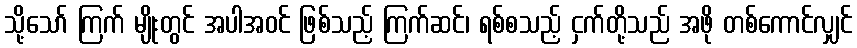
သို့သော် ကြက် မျိုးတွင် အပါအဝင် ဖြစ်သည့် ကြက်ဆင်၊ ရစ်စသည့် ငှက်တို့သည် အဖို တစ်ကောင်လျှင်